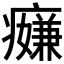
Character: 𱱪